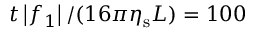
t \left| f _ { 1 } \right| / ( 1 6 \pi \eta _ { \mathrm { s } } L ) = 1 0 0